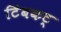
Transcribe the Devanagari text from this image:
टिंबकट्